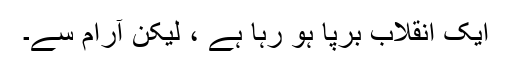
ایک انقلاب برپا ہو رہا ہے ، لیکن آرام سے۔